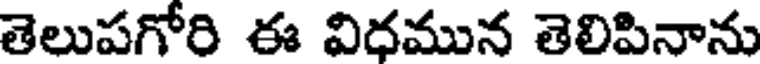
తెలుపగోరి ఈ విధమున తెలిపినాను